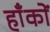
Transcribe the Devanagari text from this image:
हाँकों